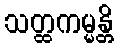
သတ္ထကမ္မန္တိ